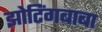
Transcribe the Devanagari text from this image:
झोटिंगबाबा